Epidemic dropsy in Calcutta - Number 49
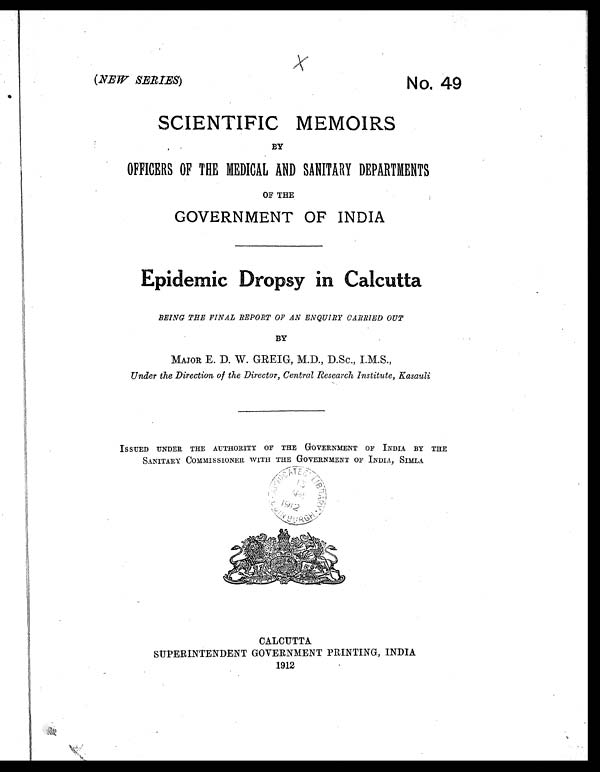
(
NEW SERIES)
No. 49
SCIENTIFIC MEMOIRS
BY
OFFICERS OF THE MEDICAL AND SANITARY DEPARTMENTS
OF THE
GOVERNMENT OF INDIA
Epidemic Dropsy in Calcutta
BEING THE FINAL REPORT OF AN ENQUIRY CARRIED OUT
BY
MAJOR E. D. W. GREIG, M.D., D.Sc., I.M.S.,
Under the Direction of the Director, Central Research Institute, Kasauli
ISSUED UNDER THE AUTHORITY OF THE GOVERNMENT OF INDIA BY THE
SANITARY COMMISSIONER WITH THE GOVERNMENT OF INDIA, SIMLA
CALCUTTA
SUPERINTENDENT GOVERNMENT PRINTING, INDIA
1912